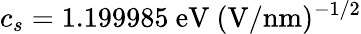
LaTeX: c_{s}=1.199985~\mathrm{eV}~(\mathrm{V/nm})^{-1/2}